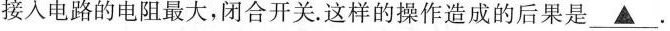
接人电路的电阻最大，闭合开关。这样的操作造成的后果是\underline{▲}.